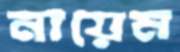
নায়েম